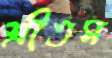
শ্রীতম